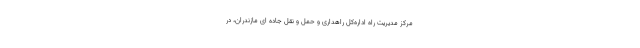
مرکز مدیریت راه اداره‌کل راهداری و حمل و نقل جاده ای مازندران، در